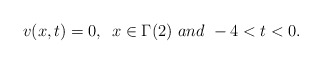
\begin{align*}v(x,t)=0,\,\,\, x\in\Gamma(2)\,\, and\,\, -4< t< 0.\end{align*}